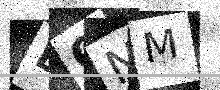
Text: B0NM